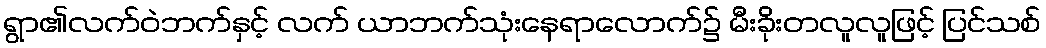
ရွာ၏လက်ဝဲဘက်နှင့် လက် ယာဘက်သုံးနေရာလောက်၌ မီးခိုးတလူလူဖြင့် ပြင်သစ်